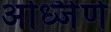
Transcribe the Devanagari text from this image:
अर्ध्जिर्ण